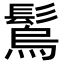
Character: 𩮮